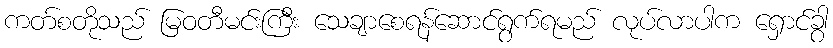
ကတ်စတိုသည် မြဝတီမင်းကြီး သေချာစေရန်ဆောင်ရွက်ရမည် လုပ်လာပါက ရှောင်ခွာ